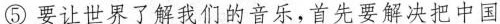
⑤要让世界了解我们的音乐，首先要解决把中国